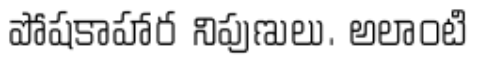
పోషకాహార నిపుణులు. అలాంటి